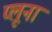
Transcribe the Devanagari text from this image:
प्लूना